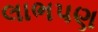
લાભપણ